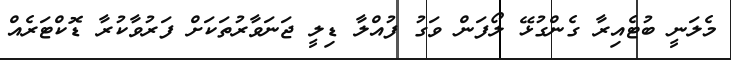
މެލަނީ ބުޓެއިރާ ގެންގުޅޭ ލޯފަން ވަގު ފުއްލާ ޑިލީ ޖަނަވާރުތަކަށް ފަރުވާކުރާ ޑޮކްޓަރެއް